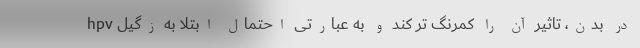
hpv در بدن، تاثیر آن را کمرنگ تر کند و به عبارتی احتمال ابتلا به زگیل